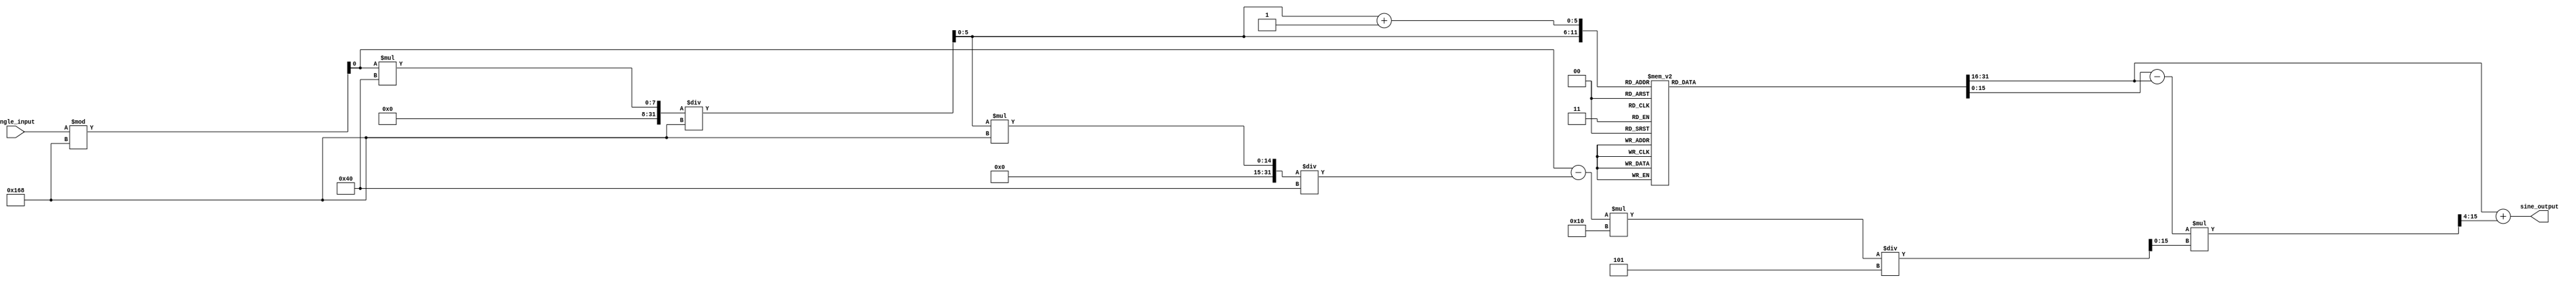
module sine_block(
    input wire [15:0] angle_input, // Fixed-point input (15 bits for angle, 1 bit for sign)
    output reg [15:0] sine_output   // Fixed-point output (-1 to 1 range)
);

    // Lookup table for sine values (simplified for example)
    reg [15:0] sine_lut [0:63]; // Precomputed sine values for angles 0 to 2*pi (0 to 2*/64)
    initial begin
        // Initialize the sine LUT with fixed-point representations
        sine_lut[0] = 16'h0000;  // sin(0) = 0
        sine_lut[1] = 16'h19b4;  // sin(/32) approx.
        sine_lut[2] = 16'h32b3;  // sin(/16) approx.
        sine_lut[3] = 16'h4b6d;  // sin(3/32) approx.
        sine_lut[4] = 16'h5a82;  // sin(/8) approx.
        sine_lut[5] = 16'h6a6c;  // sin(5/32) approx.
        sine_lut[6] = 16'h7a3e;  // sin(3/16) approx.
        sine_lut[7] = 16'h7fff;  // sin(/2) = 1
        // ... Fill in more values up to 63 for pi/2 to pi, and use symmetry for negative values
        sine_lut[63] = 16'h0000;  // sin(2) = 0
    end

    wire [5:0] index;           // LUT index
    wire [15:0] sin_a, sin_b;   // Sine values from LUT
    wire [15:0] fraction;        // Fraction for interpolation
    wire signed [15:0] delta;    // Difference for interpolation

    // Normalize the input angle to range [0, 2]
    assign normalized_angle = angle_input % 360; // Assuming angle_input is in degrees for simplicity
    assign index = normalized_angle * 64 / 360;  // Scaling to the LUT index (0 to 63)

    // Sine values for the two nearest LUT values
    assign sin_a = sine_lut[index];
    assign sin_b = sine_lut[index + 1];

    // Interpolation fraction
    assign fraction = (normalized_angle - (index * 360 / 64)) * 16 / (360 / 64); // fraction in fixed-point

    always @(*) begin
        // Linear interpolation: Sine = sin_a + (fraction * (sin_b - sin_a))
        delta = sin_b - sin_a; // Calculate the difference
        sine_output = sin_a + ((delta * fraction) >> 4); // Shift right to scale back after multiplication
    end

endmodule